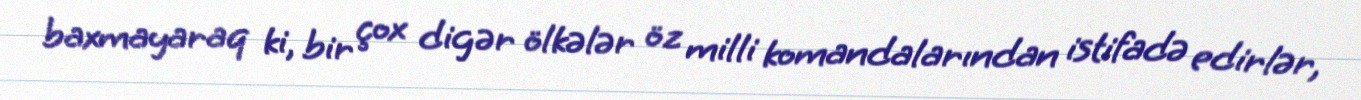
baxmayaraq ki, bir çox digər ölkələr öz milli komandalarından istifadə edirlər,